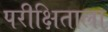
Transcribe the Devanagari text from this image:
परीक्षिताला